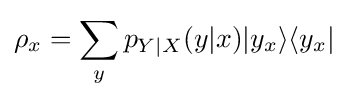
\rho _{x}=\sum _{y}p_{Y|X}(y|x)\vert y_{x}\rangle \langle y_{x}\vert